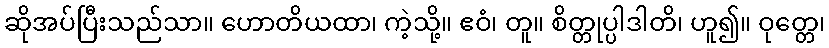
ဆိုအပ်ပြီးသည်သာ။ ဟောတိယထာ၊ ကဲ့သို့။ ဧဝံ၊ တူ။ စိတ္တုပ္ပါဒါတိ၊ ဟူ၍။ ဝုတ္တေ၊